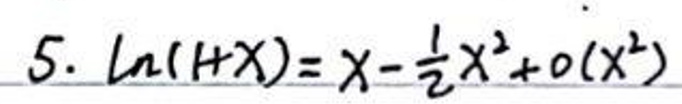
\(5. \ln(1+x)=x-\frac{1}{2}x^{2}+o(x^{2})\)